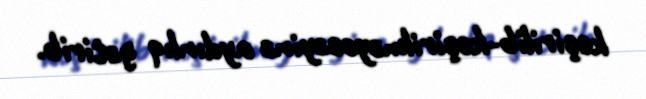
keçirilib-keçirilməyəcəyinə aydınlıq gətirib.